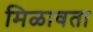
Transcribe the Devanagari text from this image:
मिळावता